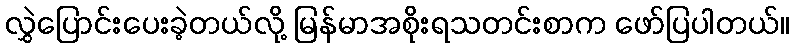
လွှဲပြောင်းပေးခဲ့တယ်လို့ မြန်မာအစိုးရသတင်းစာက ဖော်ပြပါတယ်။